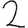
Digit: 2